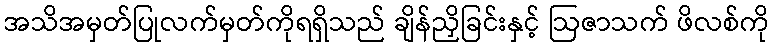
အသိအမှတ်ပြုလက်မှတ်ကိုရရှိသည် ချိန်ညှိခြင်းနှင့် ဩဇာသက် ဖိလစ်ကို